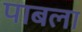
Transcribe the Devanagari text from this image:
पाबला